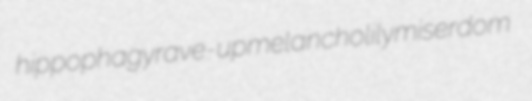
hippophagy rave-up melancholily miserdom